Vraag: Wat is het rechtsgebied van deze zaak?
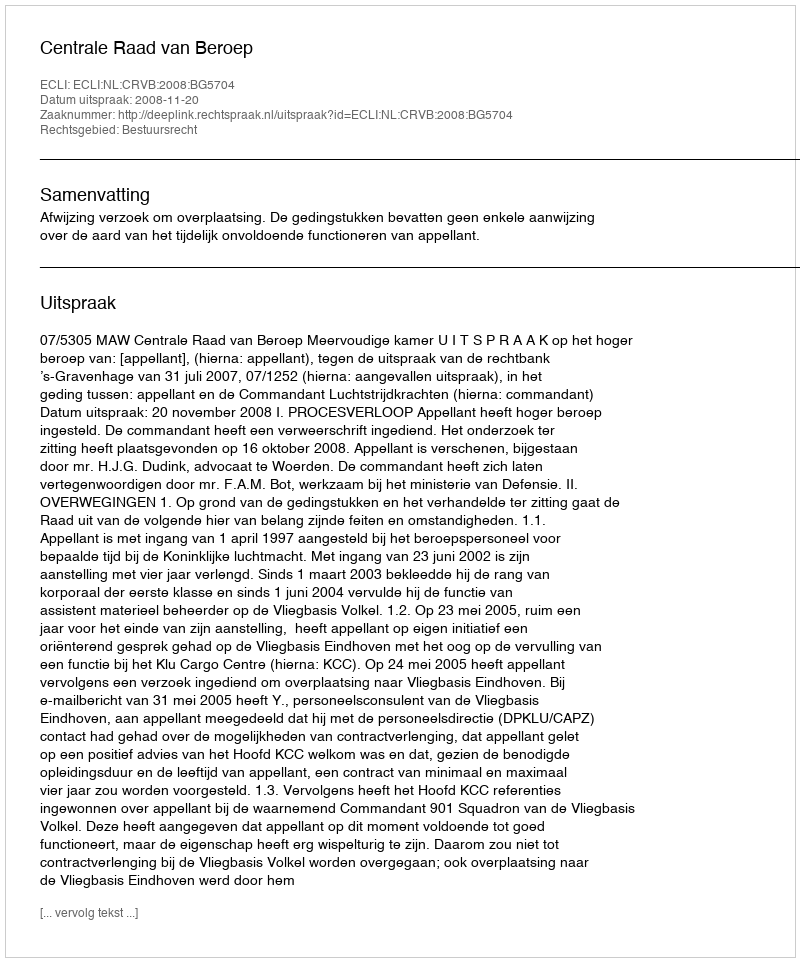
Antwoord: Bestuursrecht